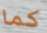
كما